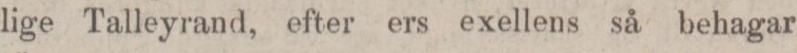
lige Talleyrand, efter ers exellens så behagar